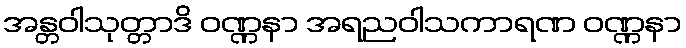
အန္တဝါသုတ္တာဒိ ဝဏ္ဏနာ အရညဝါသကာရဏ ဝဏ္ဏနာ